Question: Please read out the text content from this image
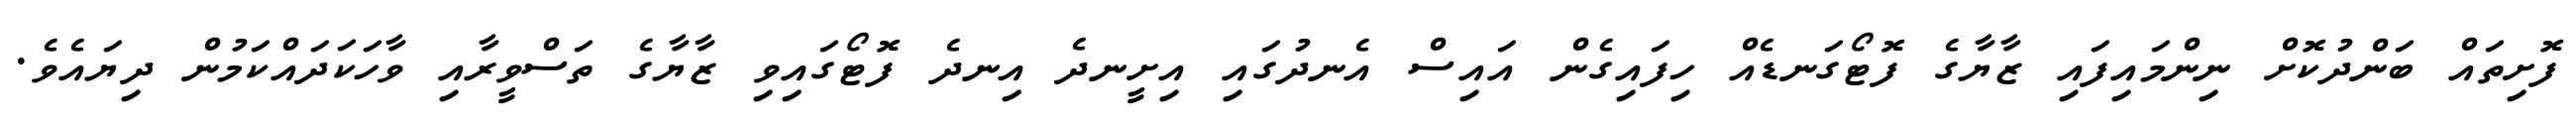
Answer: ފޮށިތައް ބަންދުކޮށް ނިންމައިފައި ޒާޔާގެ ފޮޓޯގަނޑެއް ހިފައިގެން އައިސް އެނދުގައި އިށީނދެ އިނދެ ފޮޓޯގައިވި ޒާޔާގެ ތަސްވީރާއި ވާހަކަދައްކަމުން ދިޔައެވެ.